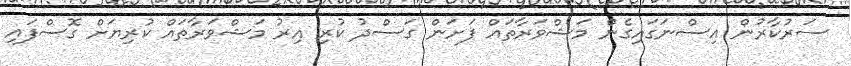
ސަރުކާރުން އިސްނަގައިގެން މަޝްވަރާތައް ފަށަން ގަސްދު ކުރި އިރު މަޝްވަރާތައް ކުރިޔަށް ގޮސްފައި